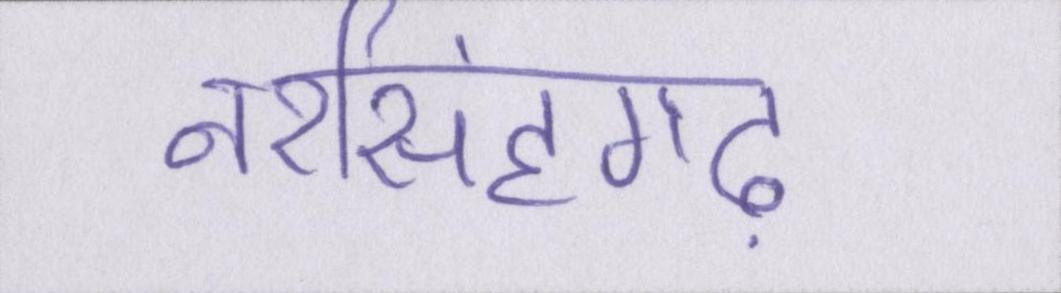
नरसिंहगढ़